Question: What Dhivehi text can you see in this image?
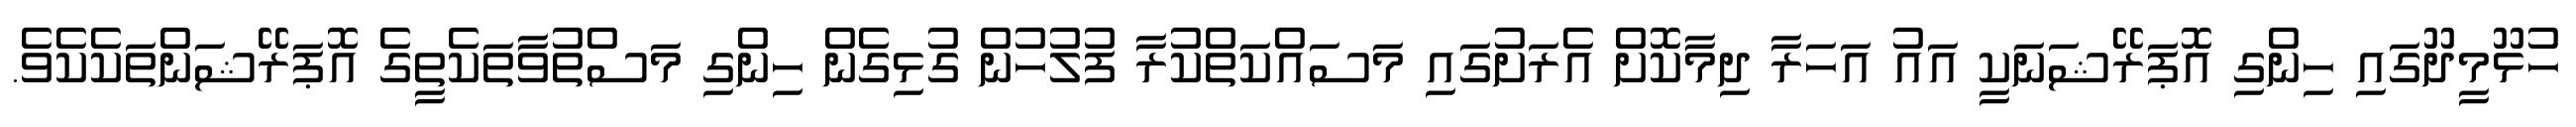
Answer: ހުޅޫމީދޫގައި ހިންގި އޮޕަރޭޝަނަކީ އައު އަހަރާ ދިމާކޮށް އެރަށުގައި މަސައްކަތްކުރާ ފުލުހުން ގުޅިގެން ހިންގި މަސްތުވާތަކެތީގެ އޮޕަރޭޝަންތަކެކެވެ.